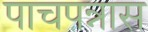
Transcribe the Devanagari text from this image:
पाचपन्नास